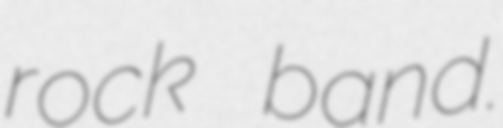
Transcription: rock band.